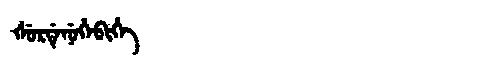
Manchu: ᡧᡠᡵᡩᡝᠨᡠᡥᡝᠪᡳᡥᡝ
Romanization: ŠURDENUHEBIHE